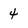
Character: 4